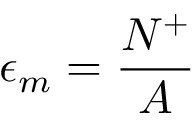
\epsilon _ { m } = \frac { N ^ { + } } { A }